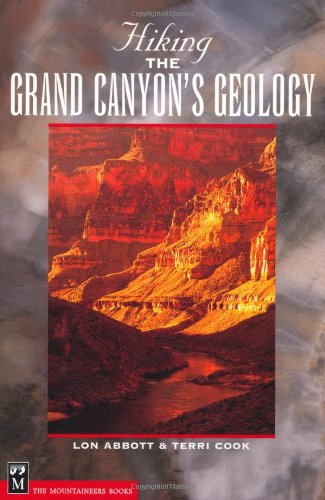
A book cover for Hiking the Grand Canyon's Geology (Hiking Geology); Lon Abbott; Travel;